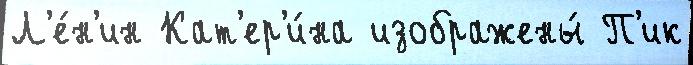
Л'е́н'ин Кат'ер'и́на изображены́ П'ик